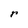
Character: r